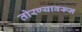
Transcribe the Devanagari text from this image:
तोरण्यावरून